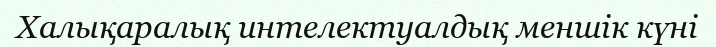
Халықаралық интелектуалдық меншік күні